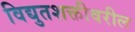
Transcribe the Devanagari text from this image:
विद्युतशक्तीवरील